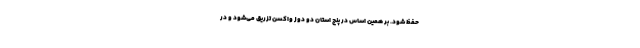
حفظ شود. بر همین اساس در پنج استان دو دوز واکسن تزریق می‌شود و در